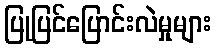
ပြုပြင်ပြောင်းလဲမှုများ